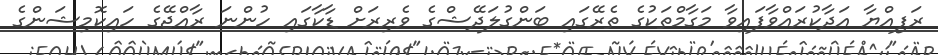
ރަފިއްޔާ އަދާކުރައްވާފައިވާ މަގާމްތަކުގެ ތެރޭގައި ބަންގުލަދޭޝްގެ ވެރިރަށް ޑާކާގައި ހުންނަ ރާއްޖޭގެ ހައިކޮމިޝަންގެ